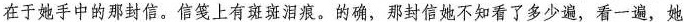
在于她手中的那封信。信笺上有斑斑泪痕。的确，那封信她不知看了多少遍，看一遍，她